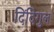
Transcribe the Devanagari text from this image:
दिंदिगुल